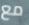
مع